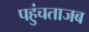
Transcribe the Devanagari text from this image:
पहुंचताजब